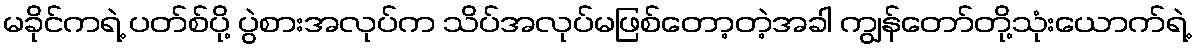
မခိုင်ကရဲ့ ပတ်စ်ပို့ ပွဲစားအလုပ်က သိပ်အလုပ်မဖြစ်တော့တဲ့အခါ ကျွန်တော်တို့သုံးယောက်ရဲ့